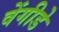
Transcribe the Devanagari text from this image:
वेंगीडे